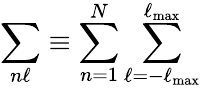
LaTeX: \sum_{n\ell}\equiv\sum_{n=1}^{N}\sum_{\ell=-\ell_{\mathrm{max}}}^{\ell_{\mathrm{max}}}